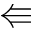
\Lleftarrow